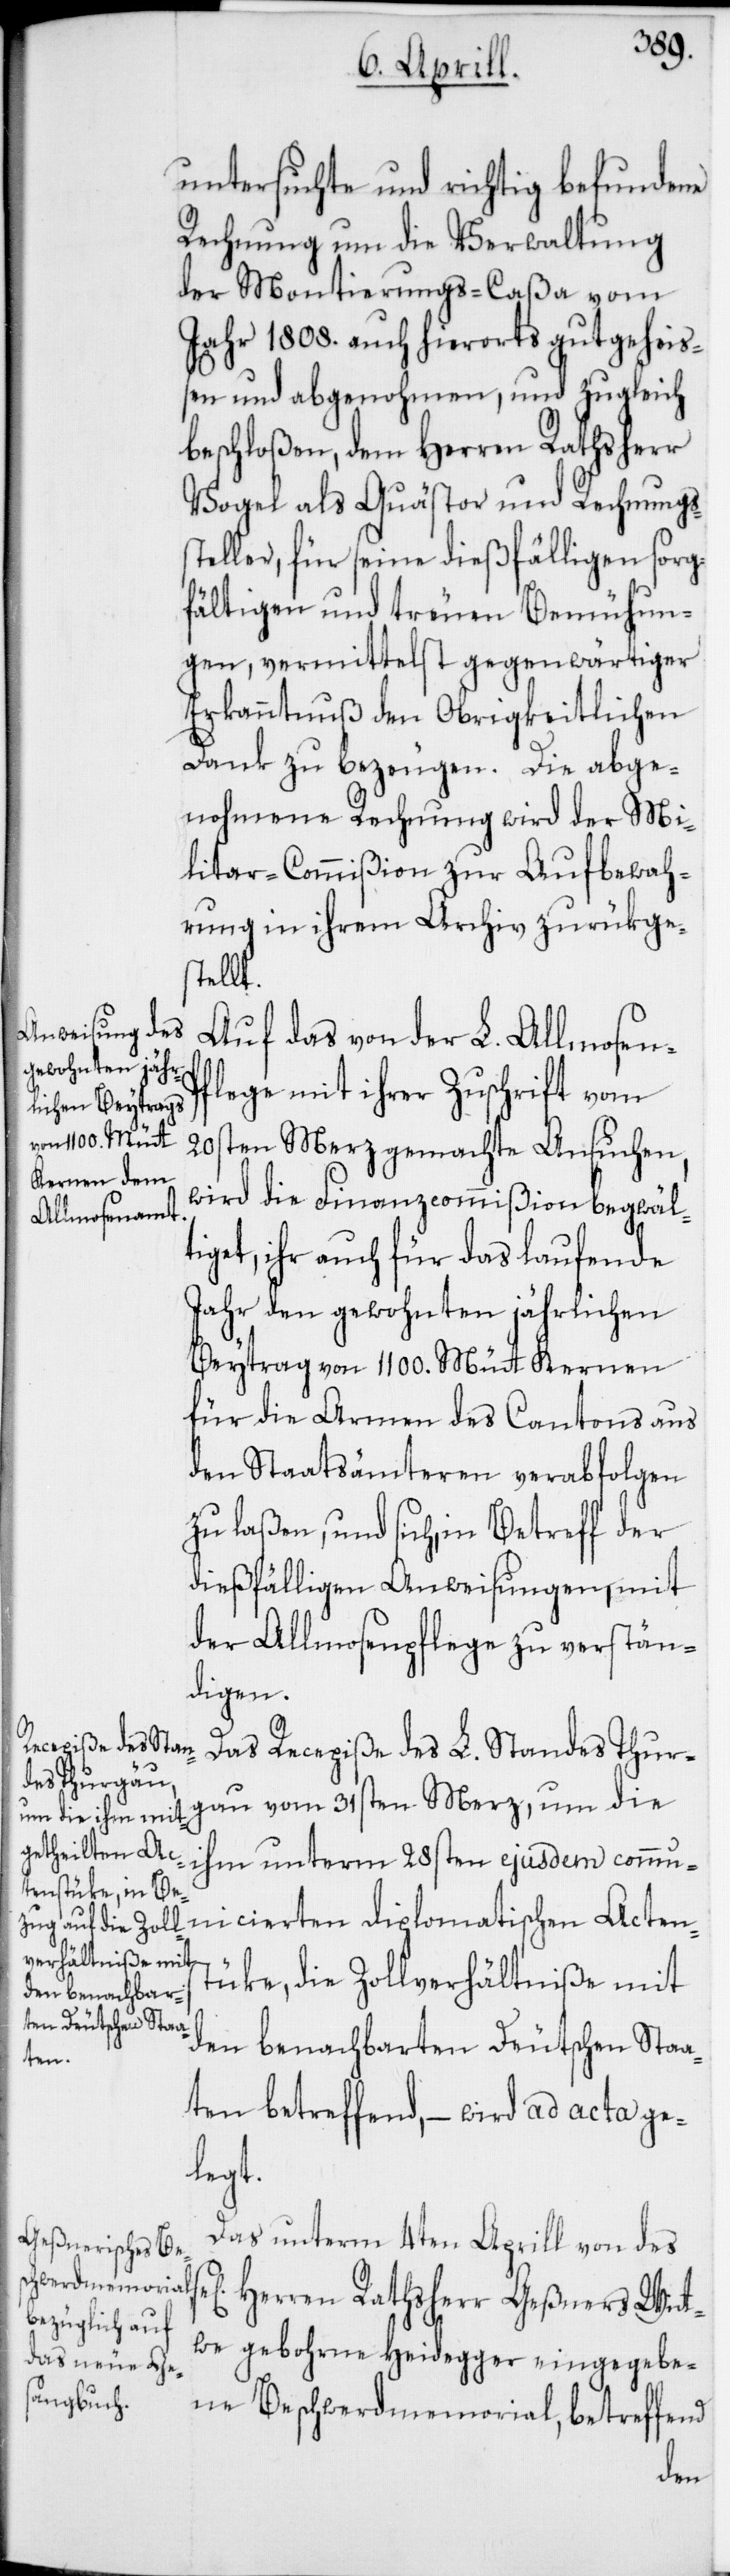
untersuchte und richtig befundene
Rechnung um die Verwaltung
der Montierungs-Caßa vom
Jahr 1808. auch hierorts gutgeheiß¬
en und abgenohmen, und zugleich
beschloßen, dem Herren Rathsherr
Vogel als Quästor und Rechnungs¬
steller, für seine dießfälligen sorg¬
fältigen und treuen Bemühun¬
gen, vermittelst gegenwärtiger
Erkanntnuß den Obrigkeitlichen
Dank zu bezeugen. Die abge¬
nohmene Rechnung wird der Mi¬
litar-Cmmißion zur Aufbewah¬
rung in ihrem Archiv zurükges¬
sel.
Auf das von der L. Almosen-P¬
flege mit ihrer Zuschrift vom
20sten Merz gemachte Ansuchen,
wird die Finanzcommißion begwäl¬
Actenst¬
tiget, ihr auch für das laufende
Jahr den gewohnten jährlichen
Beytrag von 1100. Mütt Kernen
für die Armen des Cantons aus
den Staatsämteren verabfolgen
zu laßen, und sich in Betreff der
dießfälligen Anweisungen, mit
der Almosenpflege zu verstän¬
icierten
Das Recepiße des L. Standes Thur¬
gau vom 31sten Merz, um die
ihm unterm 28sten ejusdem commun¬
ücke, die Zollverhältniße mit
den benachbarten Deutschen Staa¬
ten betreffend, – wird ad acta ge¬
legt.
Das unterm 4ten Aprill von des
Herren Rathsherr Geßners Wit¬
we, gebohrne Heidegger eingegebe¬
ne Beschwerdmemorial, betreffend